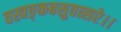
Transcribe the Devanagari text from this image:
वस्वङ्कबसुवत्सरे।।